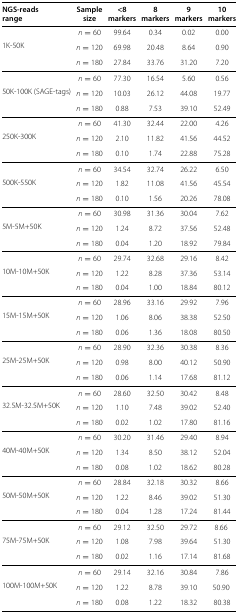
<table><thead><tr><td><b>NGS-reads</b></td><td><b>Sample</b></td><td><b>&lt;8</b></td><td><b>8</b></td><td><b>9</b></td><td><b>10</b></td></tr><tr><td><b>range</b></td><td><b>size</b></td><td><b>markers</b></td><td><b>markers</b></td><td><b>markers</b></td><td><b>markers</b></td></tr></thead><tbody><tr><td> </td><td><i>n</i>=60</td><td>99.64</td><td>0.34</td><td>0.02</td><td>0.00</td></tr><tr><td>1K-50K</td><td><i>n</i>=120</td><td>69.98</td><td>20.48</td><td>8.64</td><td>0.90</td></tr><tr><td> </td><td><i>n</i>=180</td><td>27.84</td><td>33.76</td><td>31.20</td><td>7.20</td></tr><tr><td> </td><td><i>n</i>=60</td><td>77.30</td><td>16.54</td><td>5.60</td><td>0.56</td></tr><tr><td>50K-100K (SAGE-tags)</td><td><i>n</i>=120</td><td>10.03</td><td>26.12</td><td>44.08</td><td>19.77</td></tr><tr><td> </td><td><i>n</i>=180</td><td>0.88</td><td>7.53</td><td>39.10</td><td>52.49</td></tr><tr><td> </td><td><i>n</i>=60</td><td>41.30</td><td>32.44</td><td>22.00</td><td>4.26</td></tr><tr><td>250K-300K</td><td><i>n</i>=120</td><td>2.10</td><td>11.82</td><td>41.56</td><td>44.52</td></tr><tr><td> </td><td><i>n</i>=180</td><td>0.10</td><td>1.74</td><td>22.88</td><td>75.28</td></tr><tr><td> </td><td><i>n</i>=60</td><td>34.54</td><td>32.74</td><td>26.22</td><td>6.50</td></tr><tr><td>500K-550K</td><td><i>n</i>=120</td><td>1.82</td><td>11.08</td><td>41.56</td><td>45.54</td></tr><tr><td> </td><td><i>n</i>=180</td><td>0.10</td><td>1.56</td><td>20.26</td><td>78.08</td></tr><tr><td> </td><td><i>n</i>=60</td><td>30.98</td><td>31.36</td><td>30.04</td><td>7.62</td></tr><tr><td>5M-5M+50K</td><td><i>n</i>=120</td><td>1.24</td><td>8.72</td><td>37.56</td><td>52.48</td></tr><tr><td> </td><td><i>n</i>=180</td><td>0.04</td><td>1.20</td><td>18.92</td><td>79.84</td></tr><tr><td> </td><td><i>n</i>=60</td><td>29.74</td><td>32.68</td><td>29.16</td><td>8.42</td></tr><tr><td>10M-10M+50K</td><td><i>n</i>=120</td><td>1.22</td><td>8.28</td><td>37.36</td><td>53.14</td></tr><tr><td> </td><td><i>n</i>=180</td><td>0.04</td><td>1.00</td><td>18.84</td><td>80.12</td></tr><tr><td> </td><td><i>n</i>=60</td><td>28.96</td><td>33.16</td><td>29.92</td><td>7.96</td></tr><tr><td>15M-15M+50K</td><td><i>n</i>=120</td><td>1.06</td><td>8.06</td><td>38.38</td><td>52.50</td></tr><tr><td> </td><td><i>n</i>=180</td><td>0.06</td><td>1.36</td><td>18.08</td><td>80.50</td></tr><tr><td> </td><td><i>n</i>=60</td><td>28.90</td><td>32.36</td><td>30.38</td><td>8.36</td></tr><tr><td>25M-25M+50K</td><td><i>n</i>=120</td><td>0.98</td><td>8.00</td><td>40.12</td><td>50.90</td></tr><tr><td> </td><td><i>n</i>=180</td><td>0.06</td><td>1.14</td><td>17.68</td><td>81.12</td></tr><tr><td> </td><td><i>n</i>=60</td><td>28.60</td><td>32.50</td><td>30.42</td><td>8.48</td></tr><tr><td>32.5M-32.5M+50K</td><td><i>n</i>=120</td><td>1.10</td><td>7.48</td><td>39.02</td><td>52.40</td></tr><tr><td> </td><td><i>n</i>=180</td><td>0.02</td><td>1.02</td><td>17.80</td><td>81.16</td></tr><tr><td> </td><td><i>n</i>=60</td><td>30.20</td><td>31.46</td><td>29.40</td><td>8.94</td></tr><tr><td>40M-40M+50K</td><td><i>n</i>=120</td><td>1.34</td><td>8.50</td><td>38.12</td><td>52.04</td></tr><tr><td> </td><td><i>n</i>=180</td><td>0.08</td><td>1.02</td><td>18.62</td><td>80.28</td></tr><tr><td> </td><td><i>n</i>=60</td><td>28.84</td><td>32.18</td><td>30.32</td><td>8.66</td></tr><tr><td>50M-50M+50K</td><td><i>n</i>=120</td><td>1.22</td><td>8.46</td><td>39.02</td><td>51.30</td></tr><tr><td> </td><td><i>n</i>=180</td><td>0.04</td><td>1.28</td><td>17.24</td><td>81.44</td></tr><tr><td> </td><td><i>n</i>=60</td><td>29.12</td><td>32.50</td><td>29.72</td><td>8.66</td></tr><tr><td>75M-75M+50K</td><td><i>n</i>=120</td><td>1.08</td><td>7.98</td><td>39.64</td><td>51.30</td></tr><tr><td> </td><td><i>n</i>=180</td><td>0.02</td><td>1.16</td><td>17.14</td><td>81.68</td></tr><tr><td> </td><td><i>n</i>=60</td><td>29.14</td><td>32.16</td><td>30.84</td><td>7.86</td></tr><tr><td>100M-100M+50K</td><td><i>n</i>=120</td><td>1.22</td><td>8.78</td><td>39.10</td><td>50.90</td></tr><tr><td> </td><td><i>n</i>=180</td><td>0.08</td><td>1.22</td><td>18.32</td><td>80.38</td></tr></tbody></table>